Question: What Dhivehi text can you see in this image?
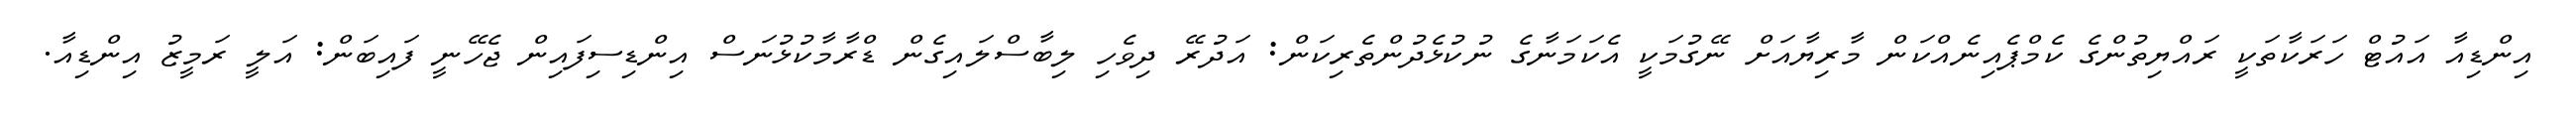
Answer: އިންޑިއާ އައުޓް ހަރަކާތަކީ ރައްޔިތުންގެ ކެމްޕެއިނެއްކަން މާރިޔާއަށް ނޭގުމަކީ އެކަމަނާގެ ނުކުޅެދުންތެރިކަން: އަދުރޭ ދިވެހި ލިބާސްލައިގެން ޑްރާމާކުޅުނަސް އިންޑިސިފައިން ޖެހޭނީ ފައިބަން: އަލީ ރަމީޒު އިންޑިއާ.